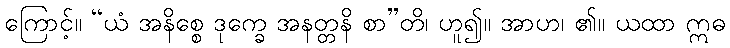
ကြောင့်။ “ယံ အနိစ္စေ ဒုက္ခေ အနတ္တနိ စာ”တိ၊ ဟူ၍။ အာဟ၊ ၏။ ယထာ ဣဓ